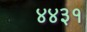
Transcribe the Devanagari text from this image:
४४३१